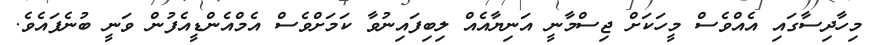
މިހާދިސާގައި އެއްވެސް މީހަކަށް ޖިސްމާނީ އަނިޔާއެއް ލިބިފައިނުވާ ކަމަށްވެސް އެމްއެންޑީއެފުން ވަނީ ބުނެފައެވެ.